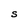
Character: S